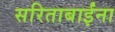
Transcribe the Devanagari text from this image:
सरिताबाईंना